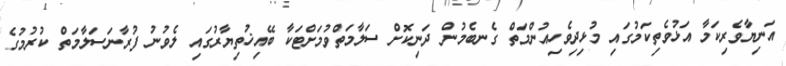
އަނިޔާވެރިކަމާ އަޅުވެތިކަމުގައި މުޅިދިވެހިއުންމަތް ގެނބެމުން ދަނިކޮށް ސަލާމަތްވުމަށްޓަކާ ބޭއިޚުތިޔާރުގައި ލެވުނު ފުރާނަސަލާމަތް ކުރުމުގެ